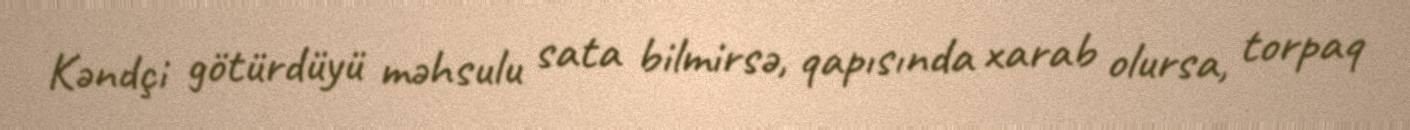
Kəndçi götürdüyü məhsulu sata bilmirsə, qapısında xarab olursa, torpaq